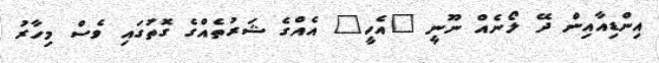
އިންޑިއާއިން ދޭ ލޯނެއް ނޫނީ "އެހީ" އެއްގެ ޝަރުތެއްގެ ގޮތުގައި ވެސް މިހާރު